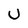
Character: U